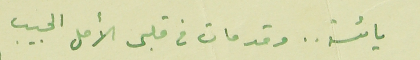
يائسة .. وقد مات فى قلبى الأمل الحبيب